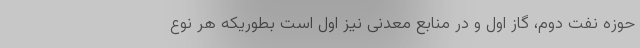
حوزه نفت دوم، گاز اول و در منابع معدنی نیز اول است بطوریکه هر نوع